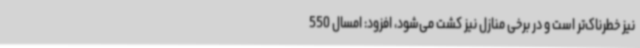
نیز خطرناک‌تر است و در برخی منازل نیز کشت می‌شود، افزود: امسال 550